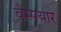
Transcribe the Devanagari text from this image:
वैम्पयार